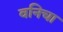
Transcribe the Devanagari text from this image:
वनिचा